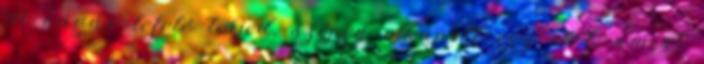
A vágás lefelé terjed, szépen elkapott egy eret, amint